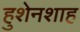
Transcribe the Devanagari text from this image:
हुशेनशाह